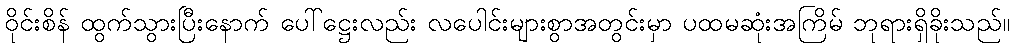
ဝိုင်းစိန် ထွက်သွားပြီးနောက် ပေါ်ဋ္ဌေးလည်း လပေါင်းများစွာအတွင်းမှာ ပထမဆုံးအကြိမ် ဘုရားရှိခိုးသည်။